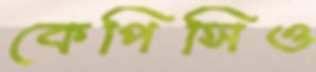
কেপিসিও